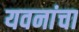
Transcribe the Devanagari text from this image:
यवनांचा